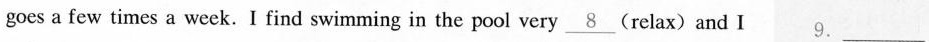
goes a few times a week. I find swimming in the pool very\underline{8} (relax) and I 9.___